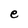
Character: e